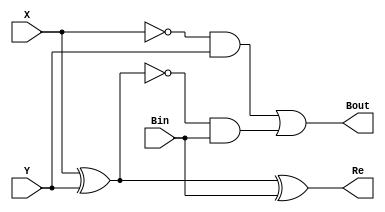
module FullSub(X, Y, Bin, Bout, Re);
  output Bout, Re;

  input X, Y, Bin;

  assign Re = X ^ Y ^ Bin;
  assign Bout = (~X & Y) | (~(X ^ Y) & Bin);
endmodule